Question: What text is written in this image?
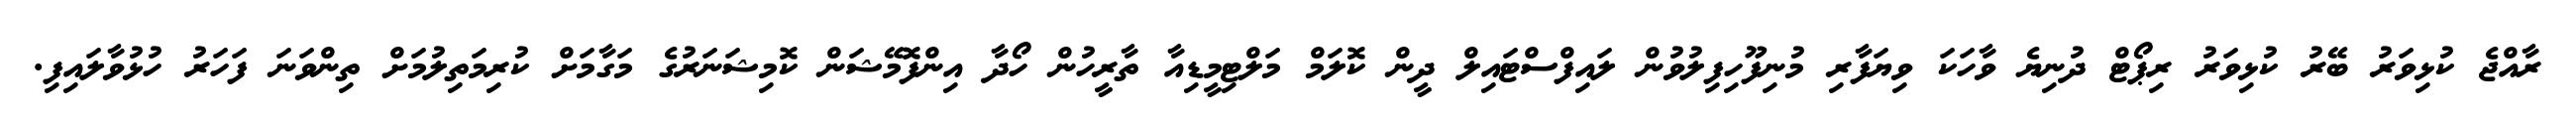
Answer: ރާއްޖެ ކުޅިވަރު ބޭރު ކުޅިވަރު ރިޕޯޓް ދުނިޔެ ވާހަކަ ވިޔަފާރި މުނިފޫހިފިލުވުން ލައިފްސްޓައިލް ދީން ކޮލަމް މަލްޓިމީޑިއާ ތާރީހުން ހޯދާ އިންފޮމޭޝަން ކޮމިޝަނަރުގެ މަގާމަށް ކުރިމަތިލުމަށް ތިންވަނަ ފަހަރު ހުޅުވާލައިފި.